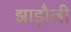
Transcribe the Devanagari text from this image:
झाड़ौली